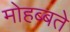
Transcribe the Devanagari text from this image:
मोहब्बते